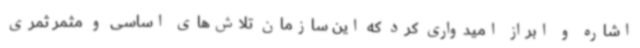
اشاره و ابراز امیدواری کرد که این سازمان تلاش‌های اساسی و مثمر ثمری